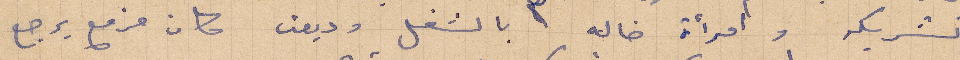
تشريكة وامرأة خاله بالشغل وديعن كان مزمع يرجع